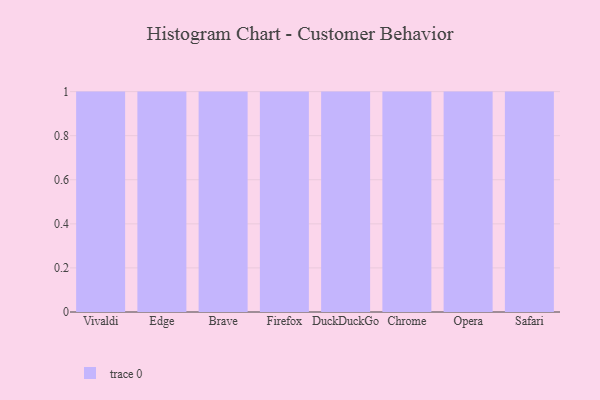
{"axis": {"x": "Browser", "y": "Website Visitors"}, "legend": [""], "data": [{"x": "Vivaldi", "y": 79, "type": ""}, {"x": "Edge", "y": 62, "type": ""}, {"x": "Brave", "y": 33, "type": ""}, {"x": "Firefox", "y": 35, "type": ""}, {"x": "DuckDuckGo", "y": 14, "type": ""}, {"x": "Chrome", "y": 15, "type": ""}, {"x": "Opera", "y": 73, "type": ""}, {"x": "Safari", "y": 23, "type": ""}]}